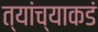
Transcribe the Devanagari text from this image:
त्यांच्याकडं